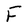
Character: F